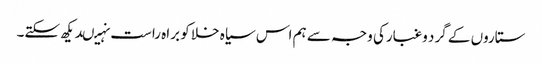
ستاروں کے گرد وغبارکی وجہ سے ہم اس سیاہ خلا کو براہ راست نہیںدیکھ سکتے۔